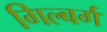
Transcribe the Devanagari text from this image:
गिल्बर्ग